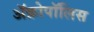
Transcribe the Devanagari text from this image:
ॲक्रोपॉलिस